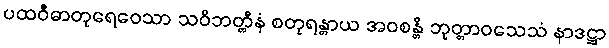
ပထဝီဓာတုရေဝေသာ သဝိဘတ္တီနံ စတုရန္တာယ အဝစန္တိ ဘုတ္တာဝသေသံ နာဒဋ္ဌာ